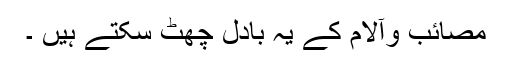
مصائب وآلام کے یہ بادل چھٹ سکتے ہیں ۔